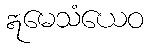
ဣမေသံယေဝ